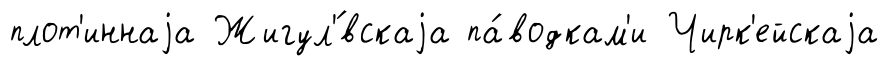
плот'иннаjа Жигул'́вскаjа па́водкам'и Чирк'ейскаjа